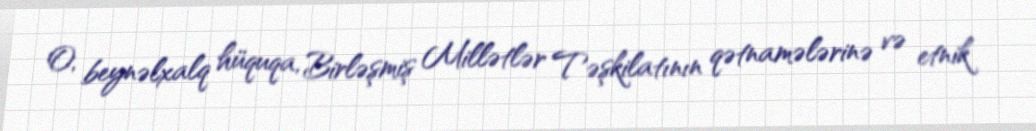
O, beynəlxalq hüquqa, Birləşmiş Millətlər Təşkilatının qətnamələrinə və etnik